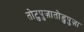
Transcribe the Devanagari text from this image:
तोटुपुज़ातोडुपुज़ा